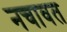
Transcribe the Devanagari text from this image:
नचावत